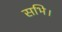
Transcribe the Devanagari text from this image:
सभि।